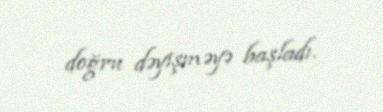
doğru dəyişməyə başladı.